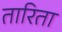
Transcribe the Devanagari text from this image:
तारिता